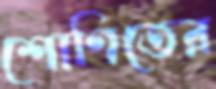
শোণিতের